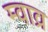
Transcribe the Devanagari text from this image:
म्वाव्र